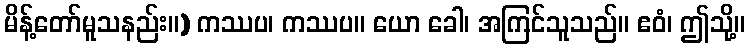
မိန့်တော်မူသနည်း။) ကဿပ၊ ကဿပ။ ယော ခေါ၊ အကြင်သူသည်။ ဧဝံ၊ ဤသို့။